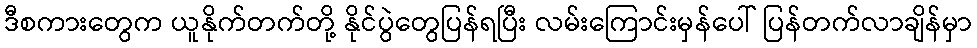
ဒီစကားတွေက ယူနိုက်တက်တို့ နိုင်ပွဲတွေပြန်ရပြီး လမ်းကြောင်းမှန်ပေါ် ပြန်တက်လာချိန်မှာ